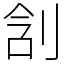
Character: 㓧